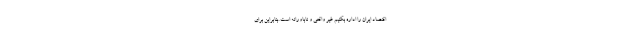
اقتصاد ایران را اداره بکنیم غیر واقعی و ناباورانه است .بنابراین برای